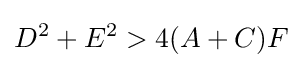
D^{2}+E^{2}>4(A+C)F